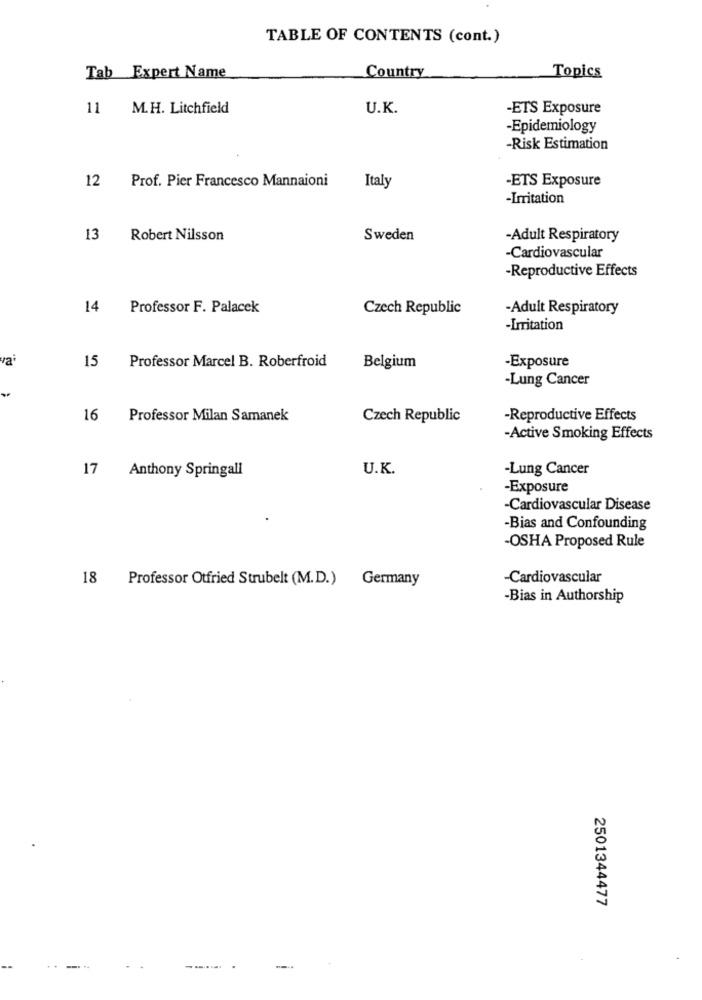
TABLE OF CONTENTS (cont.)
Country
Topics
Tab Expert Name
11
M.H. Litchfield
U.K.
-ETS Exposure
-Epidemiology
-Risk Estimation
Prof. Pier Francesco Mannaioni
-ETS Exposure
12
Italy
-Irritation
13
Robert Nilsson
Sweden
-Adult Respiratory
-Cardiovascular
-Reproductive Effects
14
Professor F. Palacek
Czech Republic
-Adult Respiratory
-Irritation
15
Professor Marcel B. Roberfroid
Belgium
-Exposure
-Lung Cancer
16
Professor Milan Samanek
Czech Republic
-Reproductive Effects
-Active Smoking Effects
17
Anthony Springall
U.K.
-Lung Cancer
-Exposure
-Cardiovascular Disease
-Bias and Confounding
-OSHA Proposed Rule
18 Professor Otfried Strubelt (M.D.) Germany
-Cardiovascular
-Bias in Authorship
2501344477
--.....